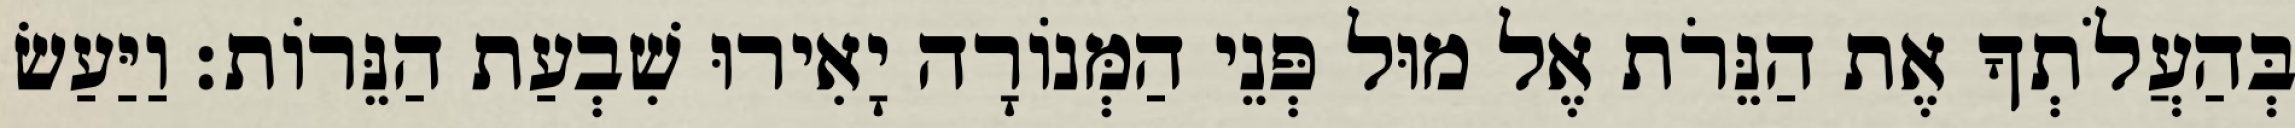
בְּהַעֲלֹתְךָ אֶת הַנֵּרֹת אֶל מוּל פְּנֵי הַמְּנוֹרָה יָאִירוּ שִׁבְעַת הַנֵּרוֹת׃ וַיַּעַשׂ